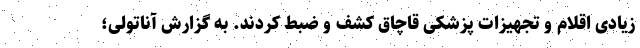
زیادی اقلام و تجهیزات پزشکی قاچاق کشف و ضبط کردند. به گزارش آناتولی؛